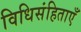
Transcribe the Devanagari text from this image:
विधिसंहिताएँ